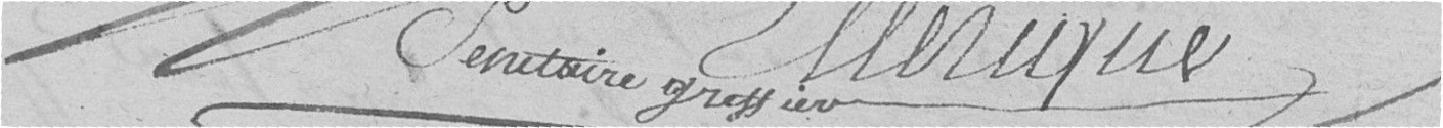
Secrétaire greffier    ELLERIQUE